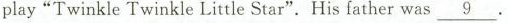
play“Twinkle Twinkle Little Star”.His father was \underline{9}